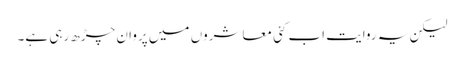
لیکن یہ روایت اب کئی معاشروں میں پروان چڑھ رہی ہے۔